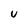
Character: u